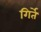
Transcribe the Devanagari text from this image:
गिर्तें